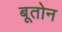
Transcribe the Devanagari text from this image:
बूतोन